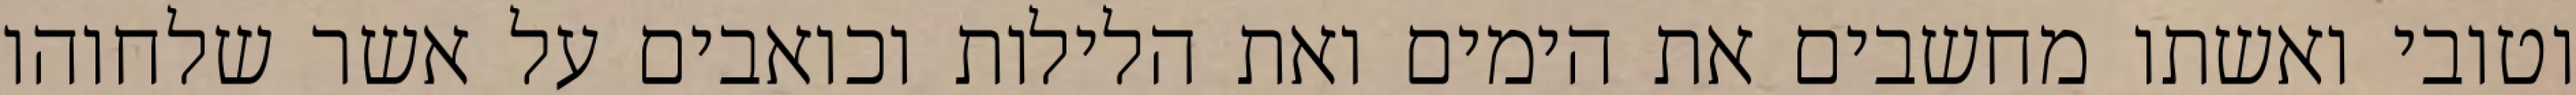
וטובי ואשתו מחשבים את הימים ואת הלילות וכואבים על אשר שלחוהו